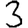
Digit: 3